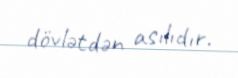
dövlətdən asılıdır.